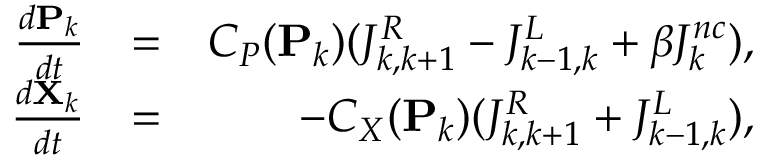
\begin{array} { r l r } { \frac { d \mathbf { P } _ { k } } { d t } } & { = } & { C _ { P } ( \mathbf { P } _ { k } ) ( J _ { k , k + 1 } ^ { R } - J _ { k - 1 , k } ^ { L } + \beta J _ { k } ^ { n c } ) , } \\ { \frac { d \mathbf { X } _ { k } } { d t } } & { = } & { - C _ { X } ( \mathbf { P } _ { k } ) ( J _ { k , k + 1 } ^ { R } + J _ { k - 1 , k } ^ { L } ) , } \end{array}